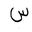
Letter: _sin